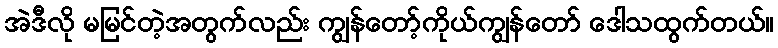
အဲဒီလို မမြင်တဲ့အတွက်လည်း ကျွန်တော့်ကိုယ်ကျွန်တော် ဒေါသထွက်တယ်။